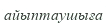
айыптаушыға